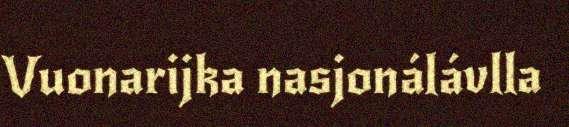
Vuonarijka nasjonálávlla